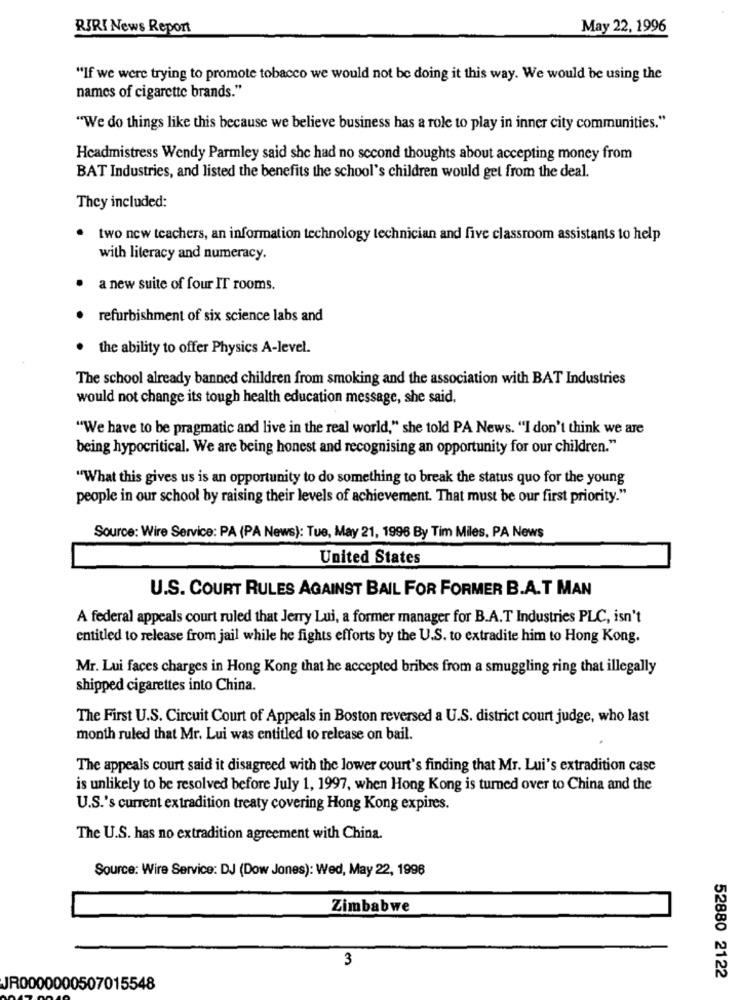
RIRI News Report
May 22, 1996
"If we were trying to promote tobacco we would not be doing it this way. We would be using the
names of cigarette brands."
"We do things like this because we believe business has a role to play in inner city communities."
Headmistress Wendy Parmley said she had no second thoughts about accepting money from
BAT Industries, and listed the benefits the school's children would get from the deal.
They included:
two new teachers, an information technology technician and five classroom assistants to help
with literacy and numeracy.
a new suite of four IT rooms.
refurbishment of six science labs and
the ability to offer Physics A-level.
The school already banned children from smoking and the association with BAT Industries
would not change its tough health education message, she said.
"We have to be pragmatic and live in the real world," she told PA News. "I don't think we are
being hypocritical. We are being honest and recognising an opportunity for our children."
"What this gives us is an opportunity to do something to break the status quo for the young
people in our school by raising their levels of achievement. That must be our first priority."
Source: Wire Service: PA (PA News): Tue, May 21, 1996 By Tim Miles, PA News
United States
U.S. COURT RULES AGAINST BAIL FOR FORMER B.A.T MAN
A federal appeals court ruled that Jerry Lui, a former manager for B.A.T Industries PLC, isn't
entitled to release from jail while he fights efforts by the U.S. to extradite him to Hong Kong.
Mr. Lui faces charges in Hong Kong that he accepted bribes from a smuggling ring that illegally
shipped cigarettes into China.
The First U.S. Circuit Court of Appeals in Boston reversed a U.S. district court judge, who last
month ruled that Mr. Lui was entitled to release on bail.
The appeals court said it disagreed with the lower court's finding that Mr. Lui's extradition case
is unlikely to be resolved before July 1, 1997, when Hong Kong is turned over to China and the
U.S.'s current extradition treaty covering Hong Kong expires.
The U.S. has no extradition agreement with China.
Source: Wire Service: DJ (Dow Jones): Wed, May 22, 1998
Zimbabwe
3
52880 2122
JR0000000507015548